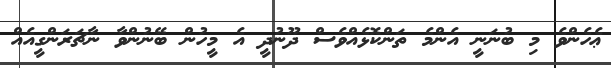
ޢެހެންވެ މި ބުނަނީ އެންމެ ތަންކޮޅެއްވެސް ދޫނުދީ އެ މީހުން ބޭނުންވާ ނާޗަރަންގީއެއް